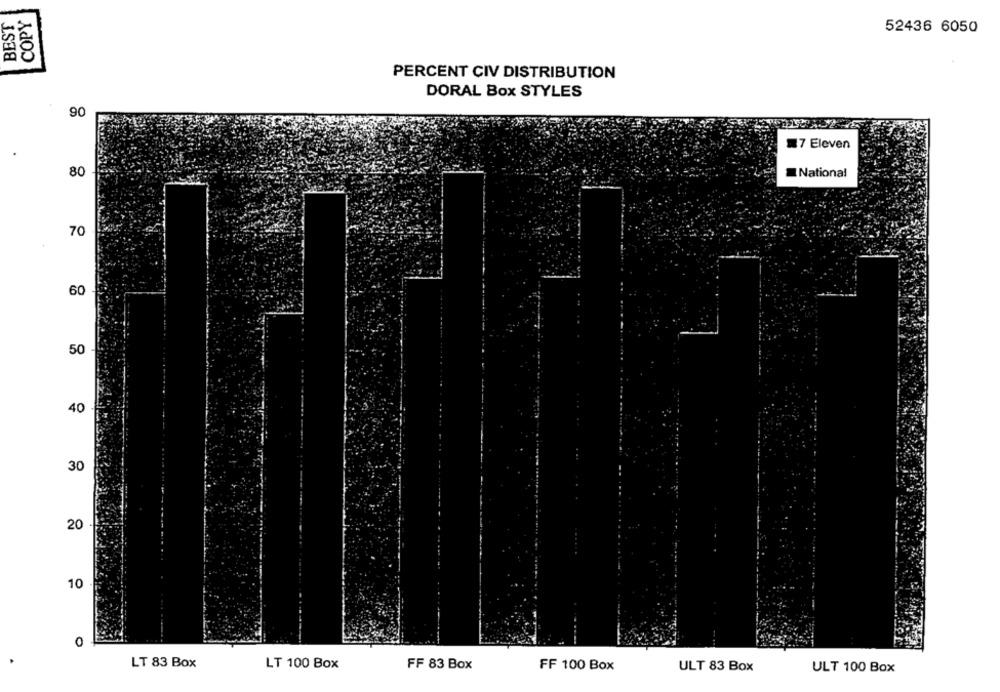
BEST
COPY
52436 6050
PERCENT CIV DISTRIBUTION
DORAL Box STYLES
90
7 Eleven
National
80
70
60
50
40
30
20
10
0
LT 83 Box
LT 100 Box
FF 83 Box
FF 100 Box
ULT 83 Box
ULT 100 Box